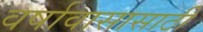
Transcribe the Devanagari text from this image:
वर्षावासासाठी